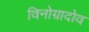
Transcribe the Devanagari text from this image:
विनोग्रादोव